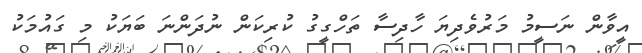
އީވާން ނަސީމު މަރުވެދިޔަ ހާދިސާ ތަހްގީގު ކުރިކަން ނުދަންނަ ބަޔަކު މި ގައުމަކު